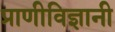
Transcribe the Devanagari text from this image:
प्राणीविज्ञानी